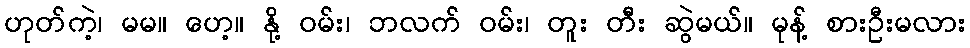
ဟုတ်ကဲ့၊ မမ။ ဟေ့။ နို့ ဝမ်း၊ ဘလက် ဝမ်း၊ တူး တီး ဆွဲမယ်။ မုန့် စားဦးမလား